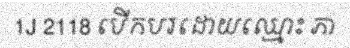
1J 2118 បើកបរដោយឈ្មោះ ភា